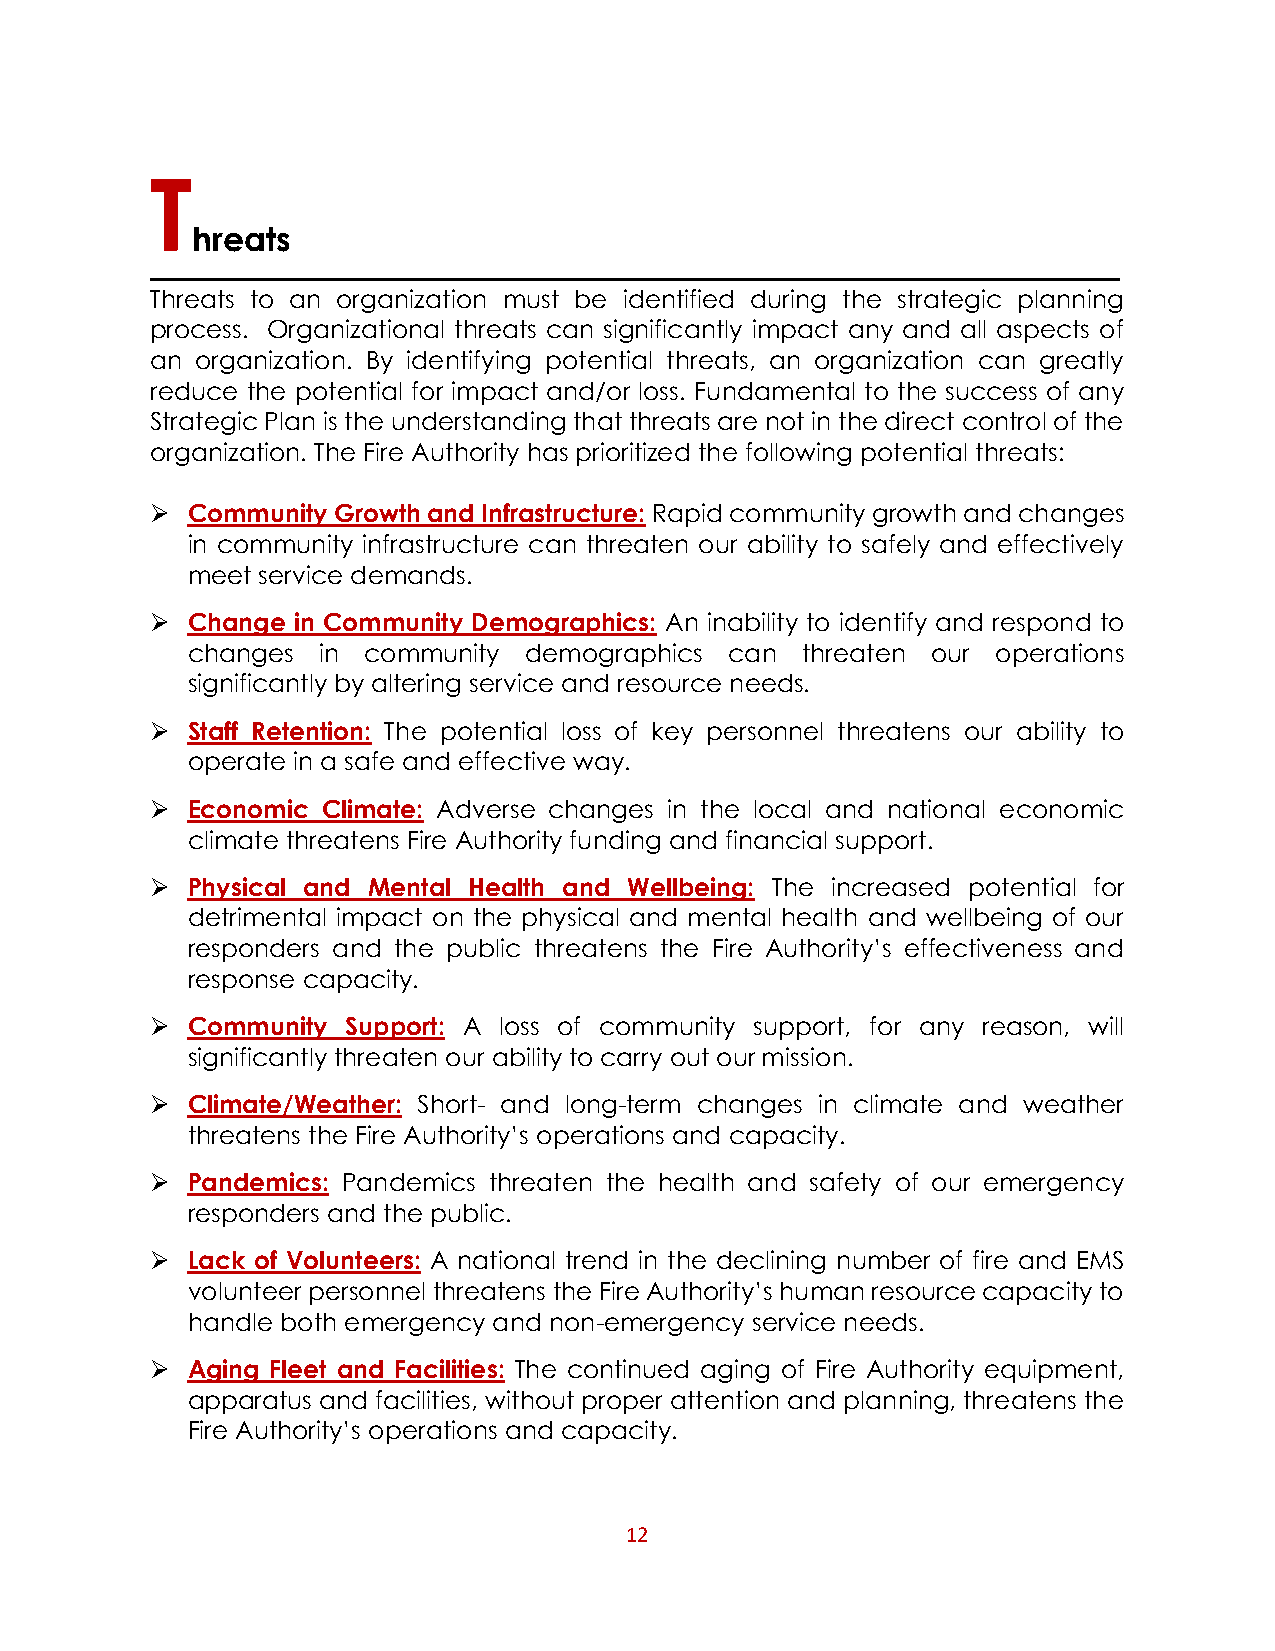
T
 hreats
 Threats to an organization must be identified during the strategic planning
 process. Organizational threats can significantly impact any and all aspects of
 an organization. By identifying potential threats, an organization can greatly
 reduce the potential for impact and/or loss. Fundamental to the success of any
 Strategic Plan is the understanding that threats are not in the direct control of the
 organization. The Fire Authority has prioritized the following potential threats:
  Community Growth and Infrastructure: Rapid community growth and changes
 in community infrastructure can threaten our ability to safely and effectively
 meet service demands.
  Change in Community Demographics: An inability to identify and respond to
 changes  in community  demographics can  threaten our operations
 significantly by altering service and resource needs.
  Staff Retention: The potential loss of key personnel threatens our ability to
 operate in a safe and effective way.
  Economic Climate: Adverse changes in the local and national economic
 climate threatens Fire Authority funding and financial support.
  Physical and Mental Health and Wellbeing: The increased potential for
 detrimental impact on the physical and mental health and wellbeing of our
 responders and the public threatens the Fire Authority’s effectiveness and
 response capacity.
  Community  Support: A loss of community support, for any reason, will
 significantly threaten our ability to carry out our mission.
  Climate/Weather: Short- and long-term changes in climate and weather
 threatens the Fire Authority’s operations and capacity.
  Pandemics: Pandemics threaten the health and safety of our emergency
 responders and the public.
  Lack of Volunteers: A national trend in the declining number of fire and EMS
 volunteer personnel threatens the Fire Authority’s human resource capacity to
 handle both emergency and non-emergency service needs.
  Aging Fleet and Facilities: The continued aging of Fire Authority equipment,
 apparatus and facilities, without proper attention and planning, threatens the
 Fire Authority’s operations and capacity.
 12